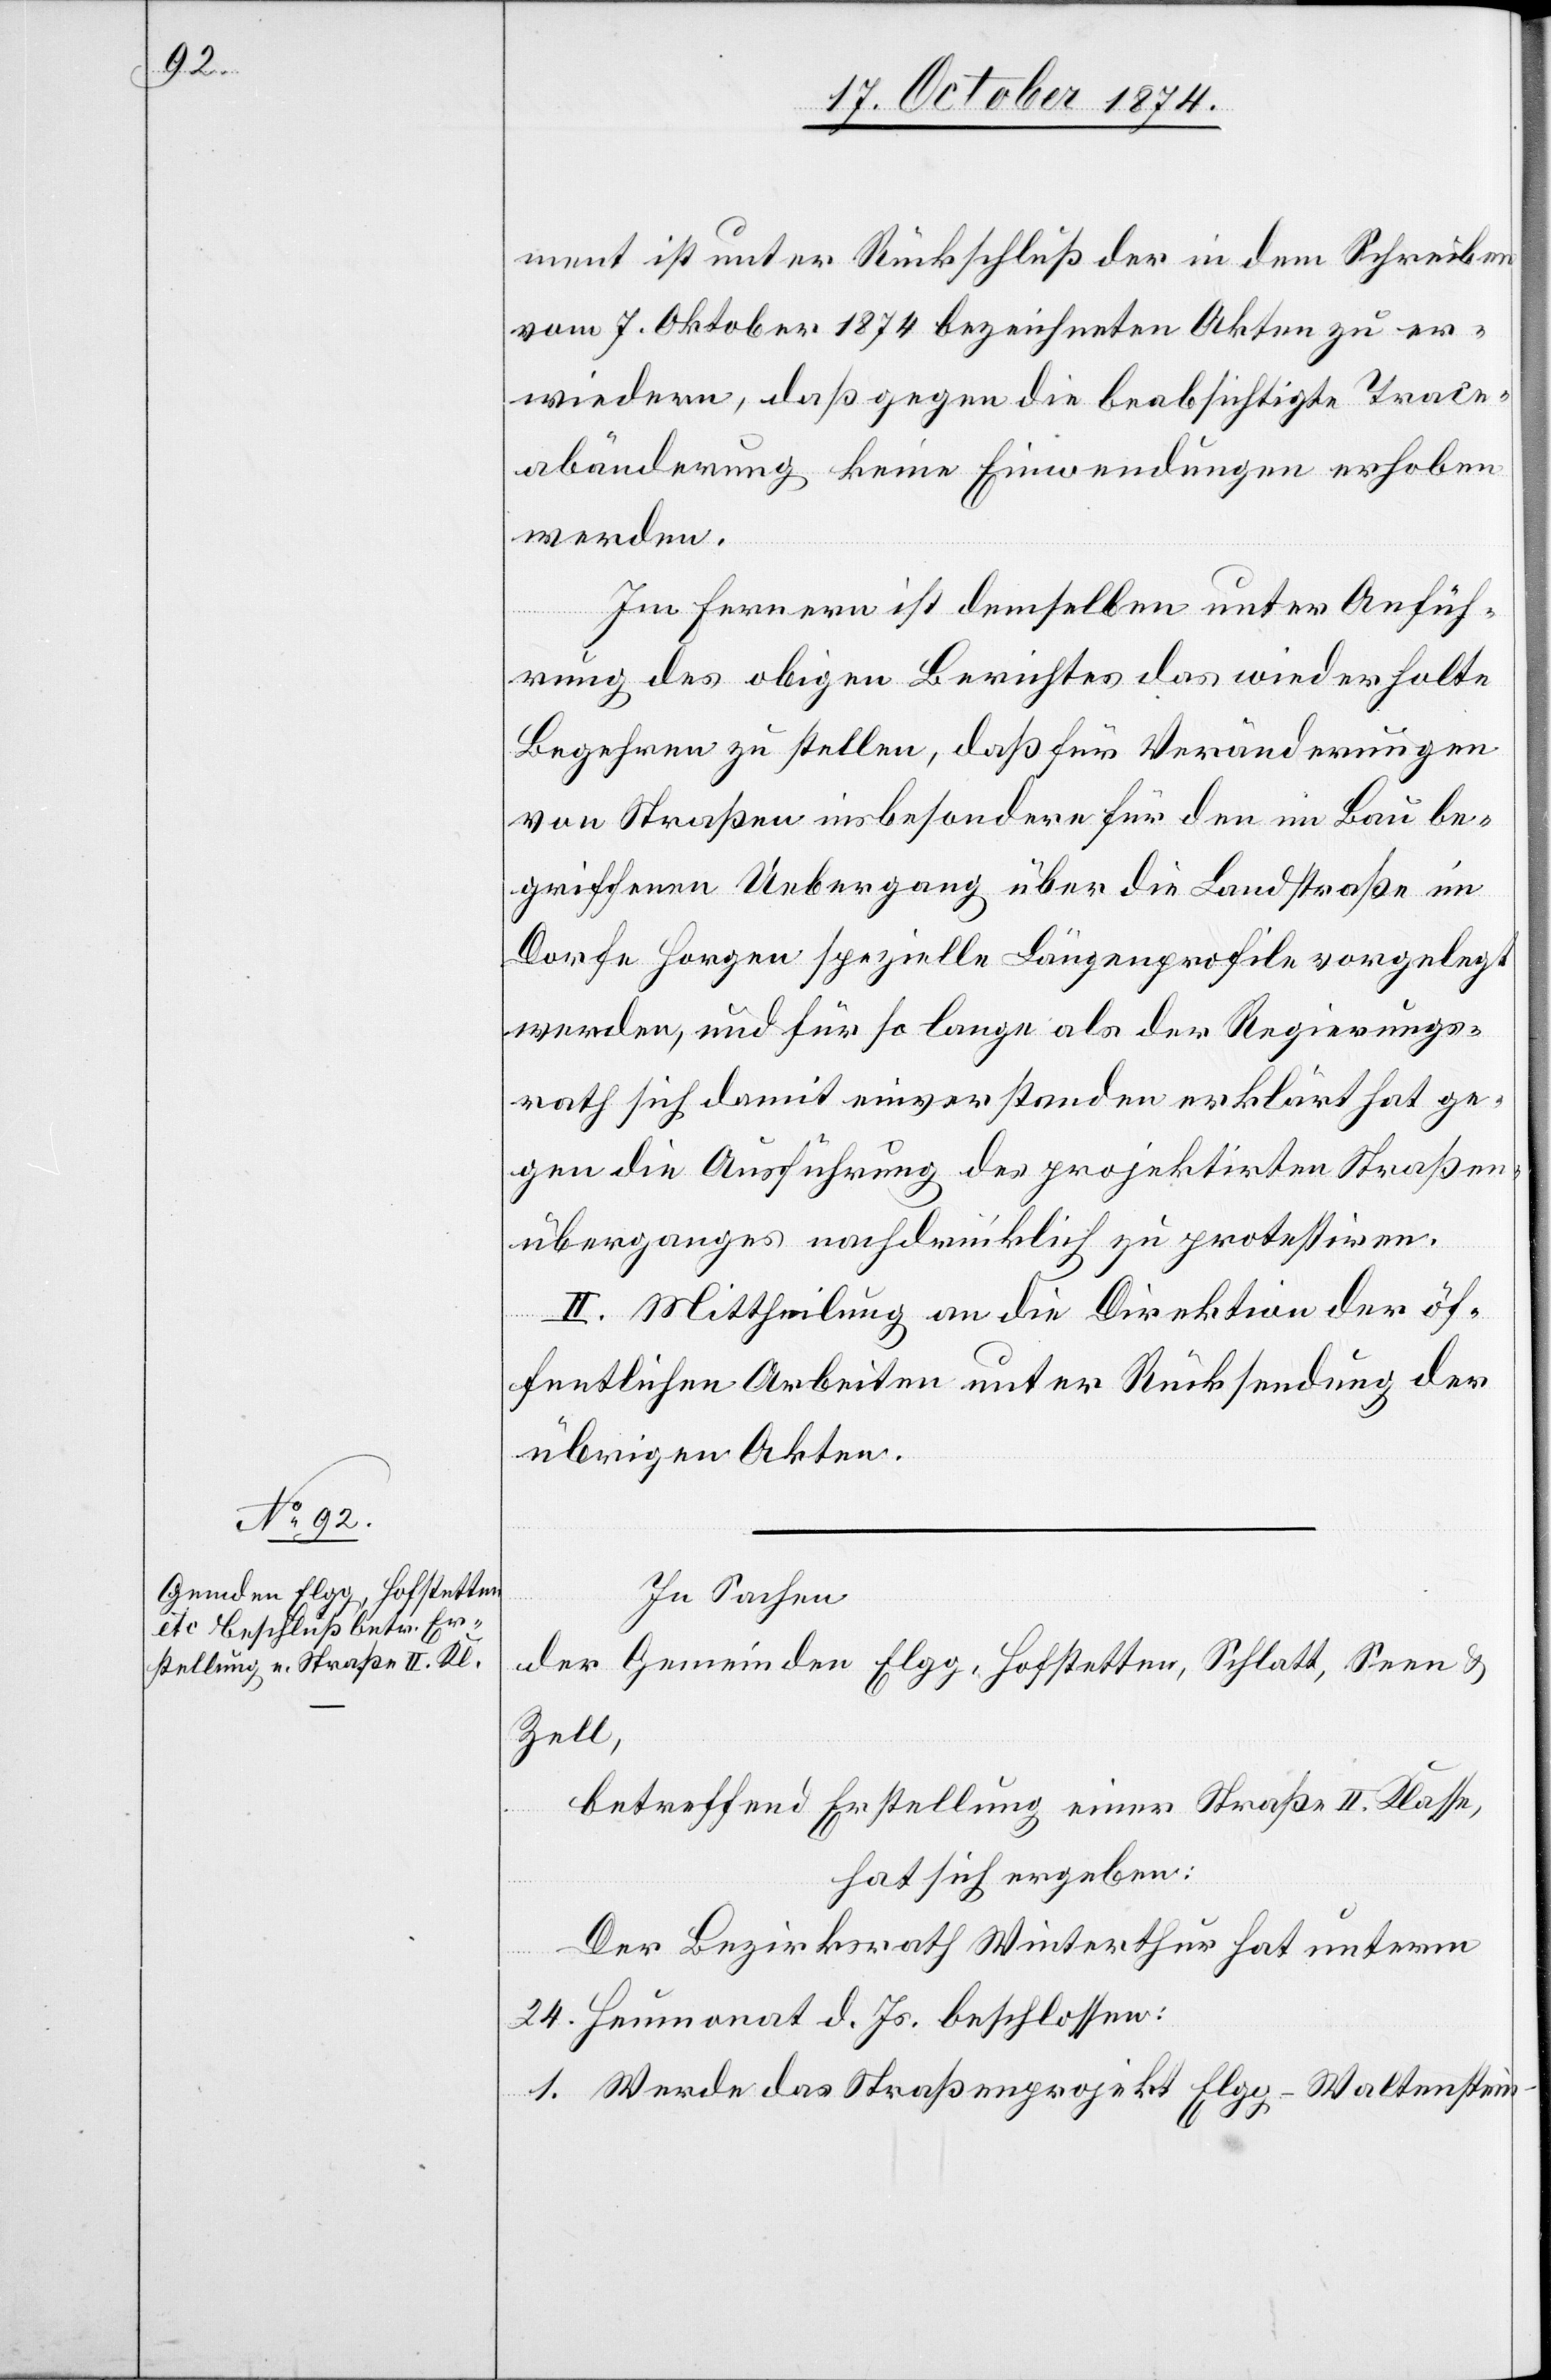
ment ist unter Rückschluß der in dem Schreiben
vom 7. Oktober 1874 bezeichneten Akten zu er¬
wiedern, daß gegen die beabsichtigte Trace¬
abänderung keine Einwendungen erhoben
werden.
Im Fernern ist demselben unter Anfüh¬
rung des obigen Berichtes das wiederholte
Begehren zu stellen, daß für Veränderungen
von Straßen insbesondere für den im Bau be¬
griffene Uebergang über die Landstraße im
Dorfe Horgen spezielle Längenprofile vorgelegt
werden, und für so lange als der Regierungs¬
rath sich damit einverstanden erklärt hat ge¬
gen die Ausführung des projektirten Straßen¬
überganges nachdrücklich zu protestiren.
II. Mittheilung an die Direktion der öf¬
fentlichen Arbeiten unter Rücksendung der
übrigen Akten.
In Sachen
der Gemeinden Elgg, Hofstetten, Schlatt, Seen &
Zell,
betreffend Erstellung einer Straße II. Klasse,
hat sich ergeben:
Der Bezirksrath Winterthur hat unterm
24. Heumonat d. Js. beschlossen:
1. Werde das Straßenprojekt Elgg–Waltenstein–